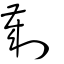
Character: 劌